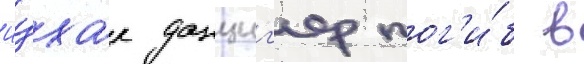
Ицхак данциг'ер пог'и́б в